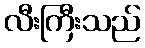
လီးကြီးသည်